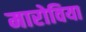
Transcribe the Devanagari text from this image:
मारोविया